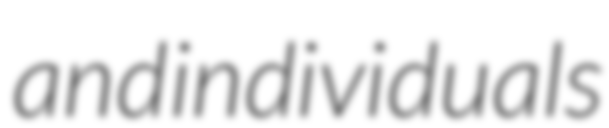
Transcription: and individuals